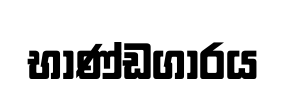
භාණ්ඩගාරය